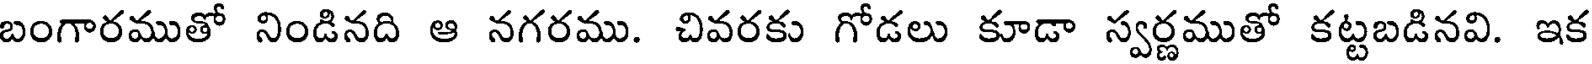
బంగారముతో నిండినది ఆ నగరము. చివరకు గోడలు కూడా స్వర్ణముతో కట్టబడినవి. ఇక